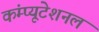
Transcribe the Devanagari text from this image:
कंम्‍प्‍यूटेशनल